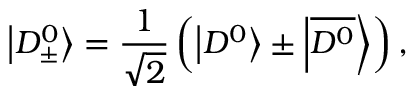
\left| D _ { \pm } ^ { 0 } \right\rangle = \frac { 1 } { \sqrt { 2 } } \left( \left| D ^ { 0 } \right\rangle \pm \left| \overline { { { D ^ { 0 } } } } \right\rangle \right) ,